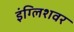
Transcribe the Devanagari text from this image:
इंग्लिशवर